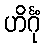
ဟိင်္ဂုံ